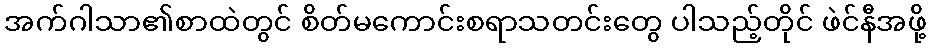
အက်ဂါသာ၏စာထဲတွင် စိတ်မကောင်းစရာသတင်းတွေ ပါသည့်တိုင် ဖဲင်နီအဖို့